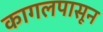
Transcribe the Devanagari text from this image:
कागलपासून